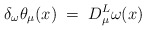
\begin{align*}\delta_\omega \theta_\mu(x) \;=\; D^L_\mu \omega(x)\end{align*}